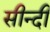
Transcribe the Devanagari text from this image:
सीन्दी